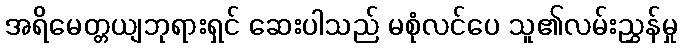
အရိမေတ္တယျဘုရားရှင် ဆေးပါသည် မစုံလင်ပေ သူ၏လမ်းညွှန်မှု